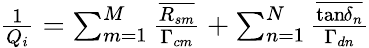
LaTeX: \begin{array}{r}{\frac{1}{Q_{i}}=\sum_{m=1}^{M}\frac{\overline{{R_{sm}}}}{\Gamma_{cm}}+\sum_{n=1}^{N}\frac{\overline{{\tan\! \delta_{n}}}}{\Gamma_{dn}}}\end{array}